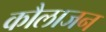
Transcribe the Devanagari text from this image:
कौलाजन